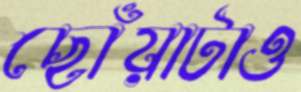
ছোঁয়াটাও